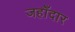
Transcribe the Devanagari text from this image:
जहाँदार